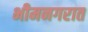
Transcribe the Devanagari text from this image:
भीमनगरात